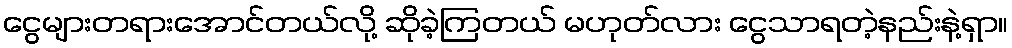
ငွေများတရားအောင်တယ်လို့ ဆိုခဲ့ကြတယ် မဟုတ်လား ငွေသာရတဲ့နည်းနဲ့ရှာ။